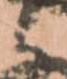
と